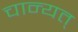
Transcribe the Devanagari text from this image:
चान्यत्